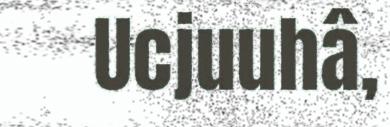
Ucjuuhâ,